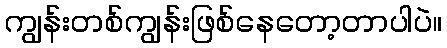
ကျွန်းတစ်ကျွန်းဖြစ်နေတော့တာပါပဲ။